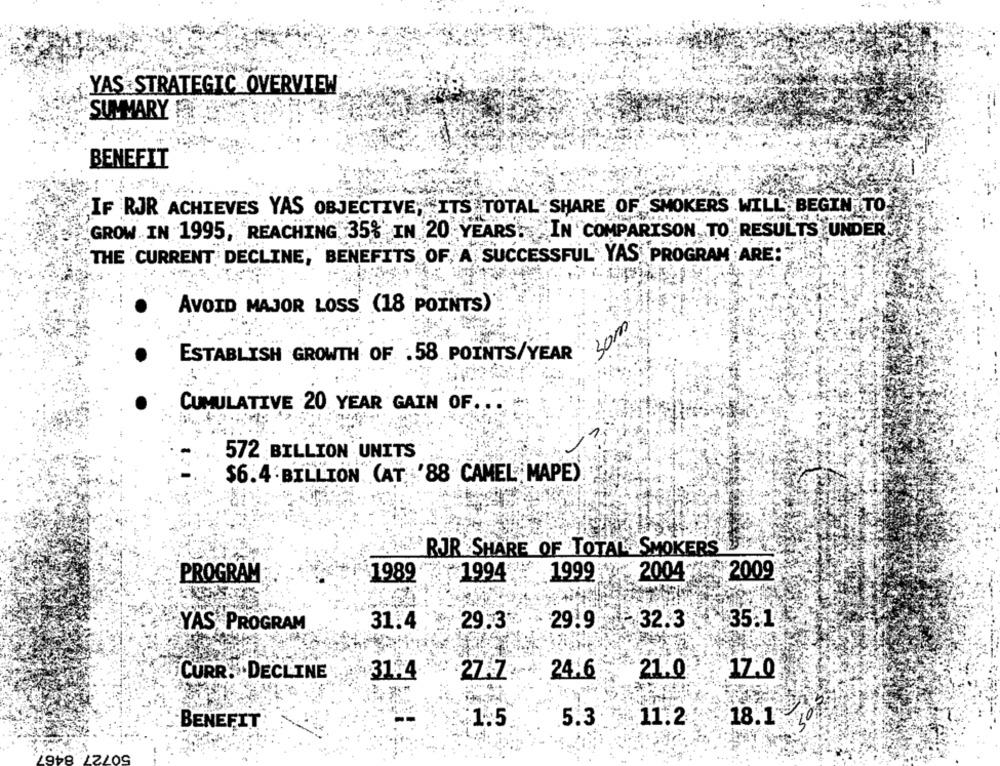
YAS .STRATEGIC OVERVIEW
SUMMARY
BENEFIT
IF RJR ACHIEVES YAS OBJECTIVE; ITS TOTAL SHARE OF SMOKERS WILL BEGIN TO
GROW IN 1995, REACHING 35% IN 20 YEARS. IN COMPARISON TO RESULTS UNDER
THE CURRENT DECLINE, BENEFITS OF, A SUCCESSFUL YAS PROGRAM ARE:
AVOID MAJOR LOSS (18 POINTS)
uios
ESTABLISH GROWTH OF .58 POINTS/YEAR
CUMULATIVE 20 YEAR GAIN OF ...
572 BILLION UNITS
$6.4 BILLION (AT '88 CAMEL; MAPE)
RJR SHARE OF TOTALL SMOKERS
1999 ** 2004
2009
PROGRAM
1989
₹1994?
YAS PROGRAM
31.4
29.3*
29.9 32.3
35.1
24.6
21.0
CURR. DECLINE
31.4
17.0
BENEFIT
$1.5.
5.3 11.2
18.1